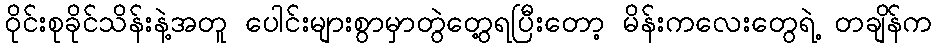
ဝိုင်းစုခိုင်သိန်းနဲ့အတူ ပေါင်းများစွာမှာတွဲတွေ့ရပြီးတော့ မိန်းကလေးတွေရဲ့ တချိန်က